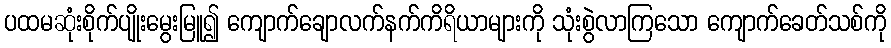
ပထမဆုံးစိုက်ပျိုးမွေးမြူ၍ ကျောက်ချောလက်နက်ကိရိယာများကို သုံးစွဲလာကြသော ကျောက်ခေတ်သစ်ကို